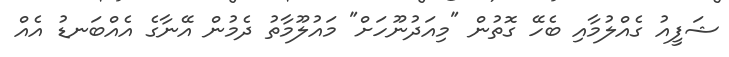
ޝަފީއު ގެއްލުމާއި ބެހޭ ގޮތުން "މިއަދުނޫހަށް" މައުލޫމާތު ދެމުން އޭނާގެ އެއްބަނޑު އެއް